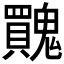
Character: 𩴬